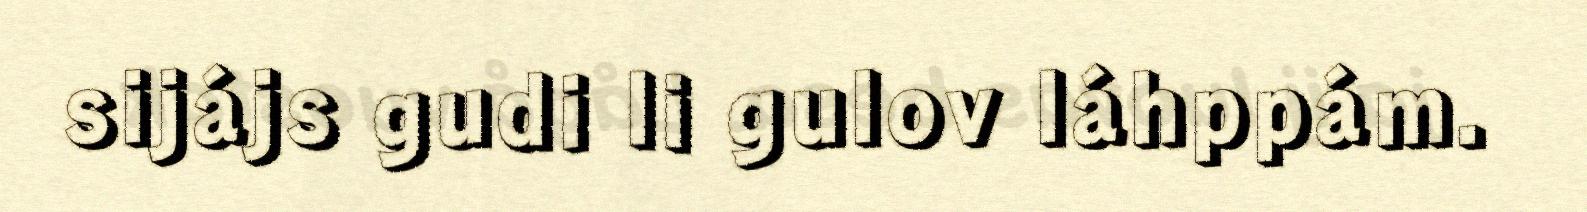
sijájs gudi li gulov láhppám.